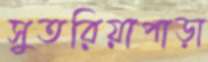
সুতরিয়াপাড়া